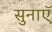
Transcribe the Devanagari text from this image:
सुनाएॅ